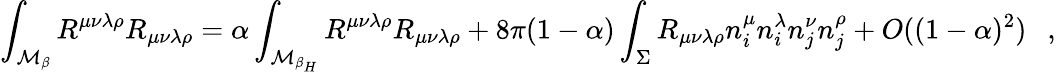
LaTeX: \int_{{\cal M}_{\beta}}R^{\mu\nu\lambda\rho}R_{\mu\nu\lambda\rho}=\alpha\int_{{\cal M}_{\beta_{H}}}R^{\mu\nu\lambda\rho}R_{\mu\nu\lambda\rho}+8\pi(1-\alpha)\int_{\Sigma}R_{\mu\nu\lambda\rho}n_{i}^{\mu}n_{i}^{\lambda}n_{j}^{\nu}n_{j}^{\rho}+O((1-\alpha)^{2})~~~,